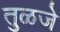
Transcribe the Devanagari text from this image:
तुळजे